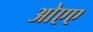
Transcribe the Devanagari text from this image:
ओएए